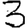
Digit: 3